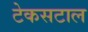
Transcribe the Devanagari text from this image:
टेकसटाल